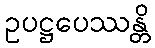
ဥပဋ္ဌပေဿန္တိ